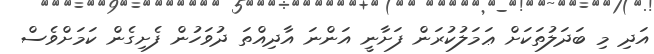
އަދި މި ބަދަލުތަކަށް ޢަމަލުކުރަން ފަށާނީ އަންނަ އާދިއްތަ ދުވަހުން ފެށިގެން ކަމަށްވެސް